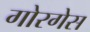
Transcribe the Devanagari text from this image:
गोरगेस